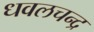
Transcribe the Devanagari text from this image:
धवलचन्द्र